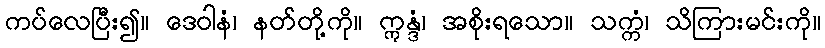
ကပ်လေပြီး၍။ ဒေဝါနံ၊ နတ်တို့ကို။ ဣန္ဒံ၊ အစိုးရသော။ သက္ကံ၊ သိကြားမင်းကို။